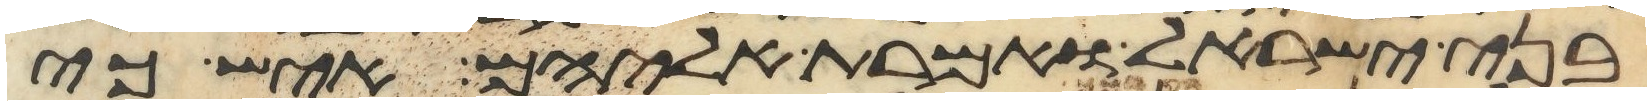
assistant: בני ישראל ואמרת אליהם איש כי